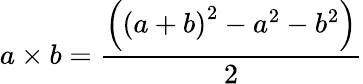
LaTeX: a\times b={\frac{\left(\left(a+b\right)^{2}-a^{2}-b^{2}\right)}{2}}